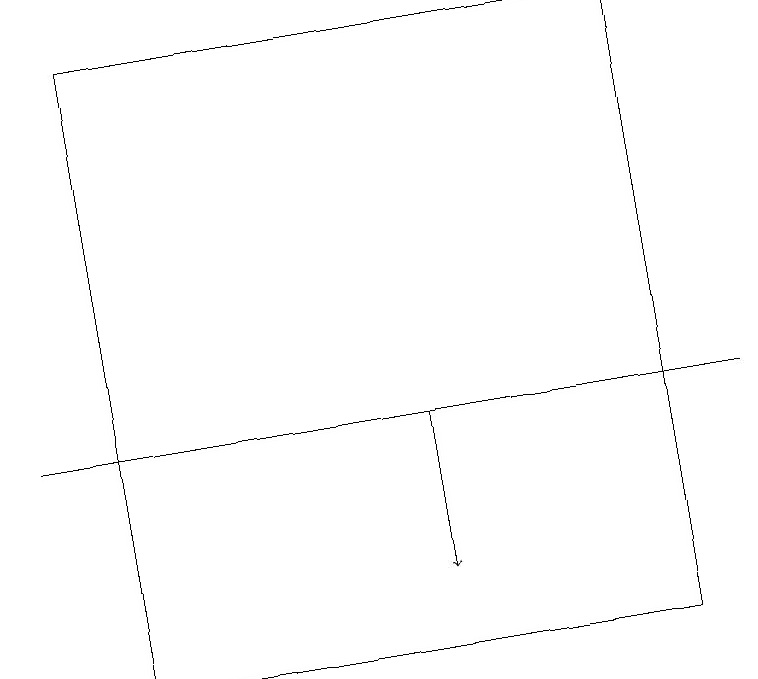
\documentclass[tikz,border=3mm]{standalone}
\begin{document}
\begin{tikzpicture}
\draw[->] (5,14) -- (5,12);
\draw (0,14) rectangle (9,14);
\draw (1,19) rectangle (8,11);
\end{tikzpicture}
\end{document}